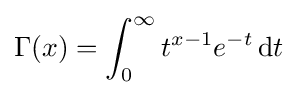
\Gamma (x)=\int _{0}^{\infty }t^{x-1}e^{-t}\,\mathrm {d} t